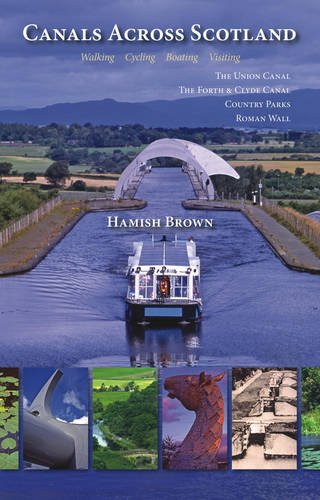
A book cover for Canals Across Scotland: Walking, Cycling, Boating, Visiting; Hamish Brown; Sports & Outdoors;